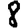
Digit: 8